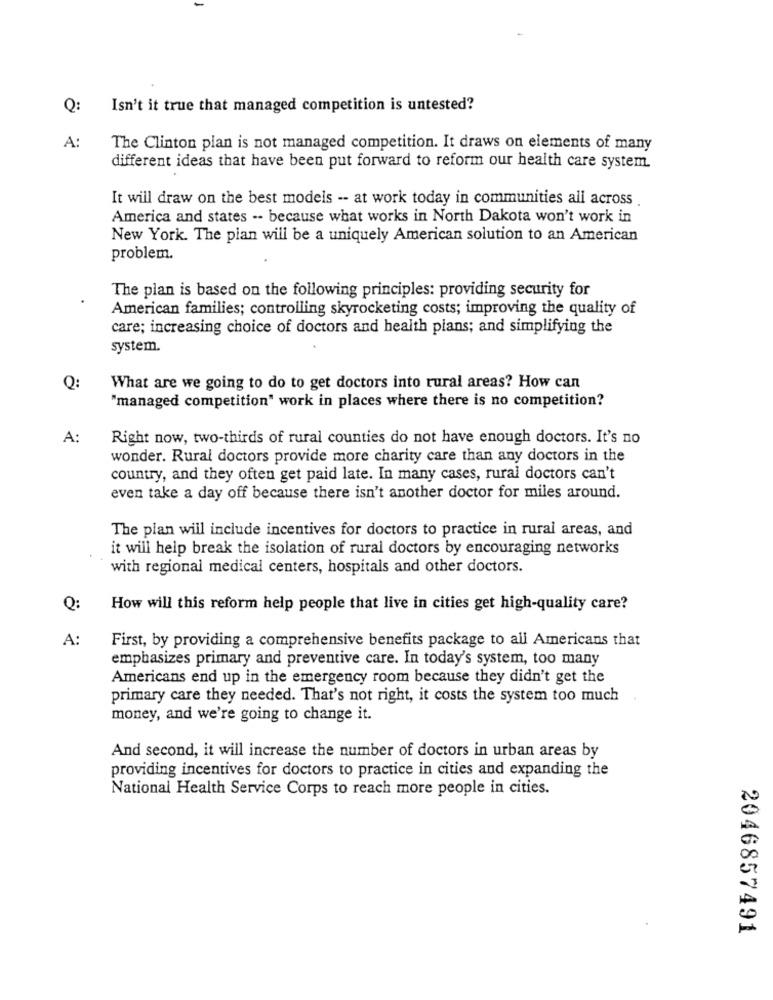
Q:
Isn't it true that managed competition is untested?
A:
The Clinton plan is not managed competition. It draws on elements of many
different ideas that have been put forward to reform our health care system.
It will draw on the best models -- at work today in communities all across
America and states -- because what works in North Dakota won't work in
New York. The pian will be a uniquely American solution to an American
problem.
The plan is based on the following principles: providing security for
American families; controlling skyrocketing costs; improving the quality of
care; increasing choice of doctors and health plans; and simplifying the
system.
Q:
What are we going to do to get doctors into rural areas? How can
"managed competition" work in places where there is no competition?
A:
Right now, two-thirds of rural counties do not have enough doctors. It's no
wonder. Rural doctors provide more charity care than any doctors in the
country, and they often get paid late. In many cases, rural doctors can't
even take a day off because there isn't another doctor for miles around.
The plan will include incentives for doctors to practice in rural areas, and
it will help break the isolation of rural doctors by encouraging networks
with regional medical centers, hospitals and other doctors.
Q:
How will this reform help people that live in cities get high-quality care?
A:
First, by providing a comprehensive benefits package to all Americans that
emphasizes primary and preventive care. In today's system, too many
Americans end up in the emergency room because they didn't get the
primary care they needed. That's not right, it costs the system too much
money, and we're going to change it.
And second, it will increase the number of doctors in urban areas by
providing incentives for doctors to practice in cities and expanding the
National Health Service Corps to reach more people in cities.
2046857491